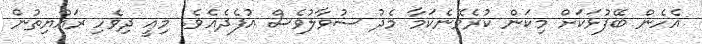
އެހެން ބޭފުޅަކަށް މިކަން ކުރެވޭނެކަމާ މެދު ސުވާލުވެސް އުފެދެއެވެ. މިއީ ދިވެހި ރައްޔިތުން